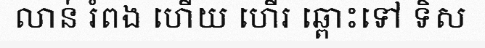
លាន់ រំពង ហើយ ហើរ ឆ្ពោះទៅ ទិស